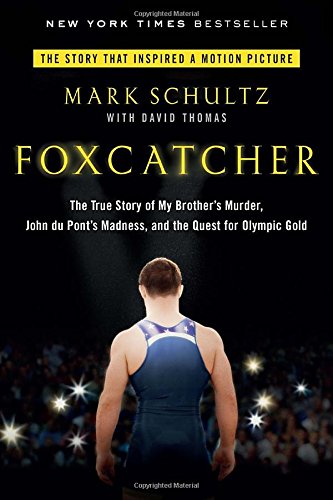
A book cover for Foxcatcher: The True Story of My Brother's Murder, John du Pont's Madness, and the Quest for Olympic Gold; Mark Schultz; Biographies & Memoirs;